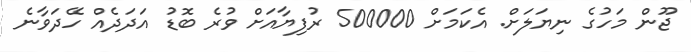
ޖޫން މަހުގެ ނިޔަލަށް. އެކަމަށް 500000 ރުފިޔާއަށް ވުރެ ބޮޑު އަަދަދެއް ހޭދަވާނެ